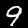
Digit: 9